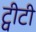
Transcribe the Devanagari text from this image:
ट्वीटी